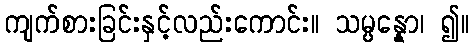
ကျက်စားခြင်းနှင့်လည်းကောင်း။ သမ္ပန္နော၊ ၍။